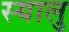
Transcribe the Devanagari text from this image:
स्यालु